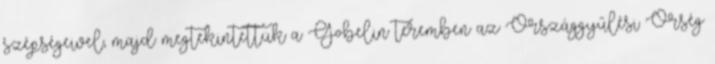
szépségeivel, majd megtekintettük a Gobelin teremben az Országgyűlési Őrség